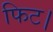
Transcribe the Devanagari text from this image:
फिट।